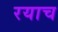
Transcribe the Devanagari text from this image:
रयाच